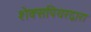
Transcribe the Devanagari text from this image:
शेक्सपियरद्वारा